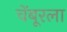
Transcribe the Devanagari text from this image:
चेंबूरला